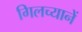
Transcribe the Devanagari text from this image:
गिलच्यानें